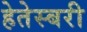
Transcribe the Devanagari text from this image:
हेतेस्बरी